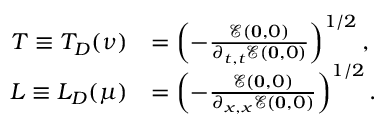
\begin{array} { r l } { T \equiv T _ { D } ( \nu ) } & { = \left( - \frac { \mathcal { E } ( \mathbf { 0 } , 0 ) } { \partial _ { t , t } \mathcal { E } ( \mathbf { 0 } , 0 ) } \right) ^ { 1 / 2 } , } \\ { L \equiv L _ { D } ( \mu ) } & { = \left( - \frac { \mathcal { E } ( \mathbf { 0 } , 0 ) } { \partial _ { x , x } \mathcal { E } ( \mathbf { 0 } , 0 ) } \right) ^ { 1 / 2 } . } \end{array}